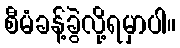
စီမံခန့်ခွဲလို့ရမှာပါ။